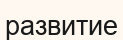
развитие